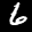
Label: 6